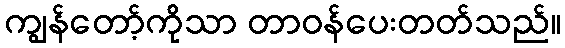
ကျွန်တော့်ကိုသာ တာဝန်ပေးတတ်သည်။